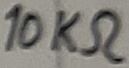
Text: 10KΩ